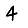
Digit: 4